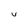
Character: U